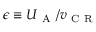
\epsilon \equiv U _ { \mathrm { ~ A ~ } } / v _ { \mathrm { ~ C ~ R ~ } }